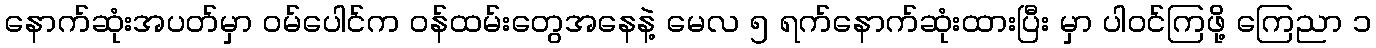
နောက်ဆုံးအပတ်မှာ ဝမ်ပေါင်က ဝန်ထမ်းတွေအနေနဲ့ မေလ ၅ ရက်နောက်ဆုံးထားပြီး မှာ ပါဝင်ကြဖို့ ကြေညာ ၁